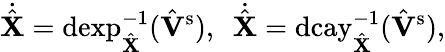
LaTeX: \dot{\hat{\mathbf{X}}}=\mathrm{dexp}_{\hat{\mathbf{X}}}^{-1}(\hat{\mathbf{V}}{^{\mathrm{s}}}),\ \ \dot{\hat{\mathbf{X}}}=\mathrm{dcay}_{\hat{\mathbf{X}}}^{-1}(\hat{\mathbf{V}}{^{\mathrm{s}}}),